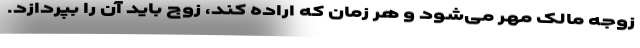
زوجه مالک مهر می‌شود و هر زمان که اراده کند، زوج باید آن را بپردازد.